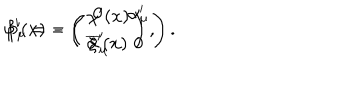
LaTeX: \varphi ^ { \prime } ( x ) = \left( \begin{array} { c } { { \chi ^ { \prime } ( x ) } } \\ { { \xi ^ { \prime } ( x ) } } \\ \end{array} \right) , \hspace { 0 . 3 i n } \beta _ { \mu } ^ { \prime } = - \left( \begin{array} { c c } { { 0 } } & { { \alpha _ { \mu } ^ { \prime } } } \\ { { \overline { { { \alpha } } } _ { \mu } ^ { \prime } } } & { { 0 } } \\ \end{array} \right) .